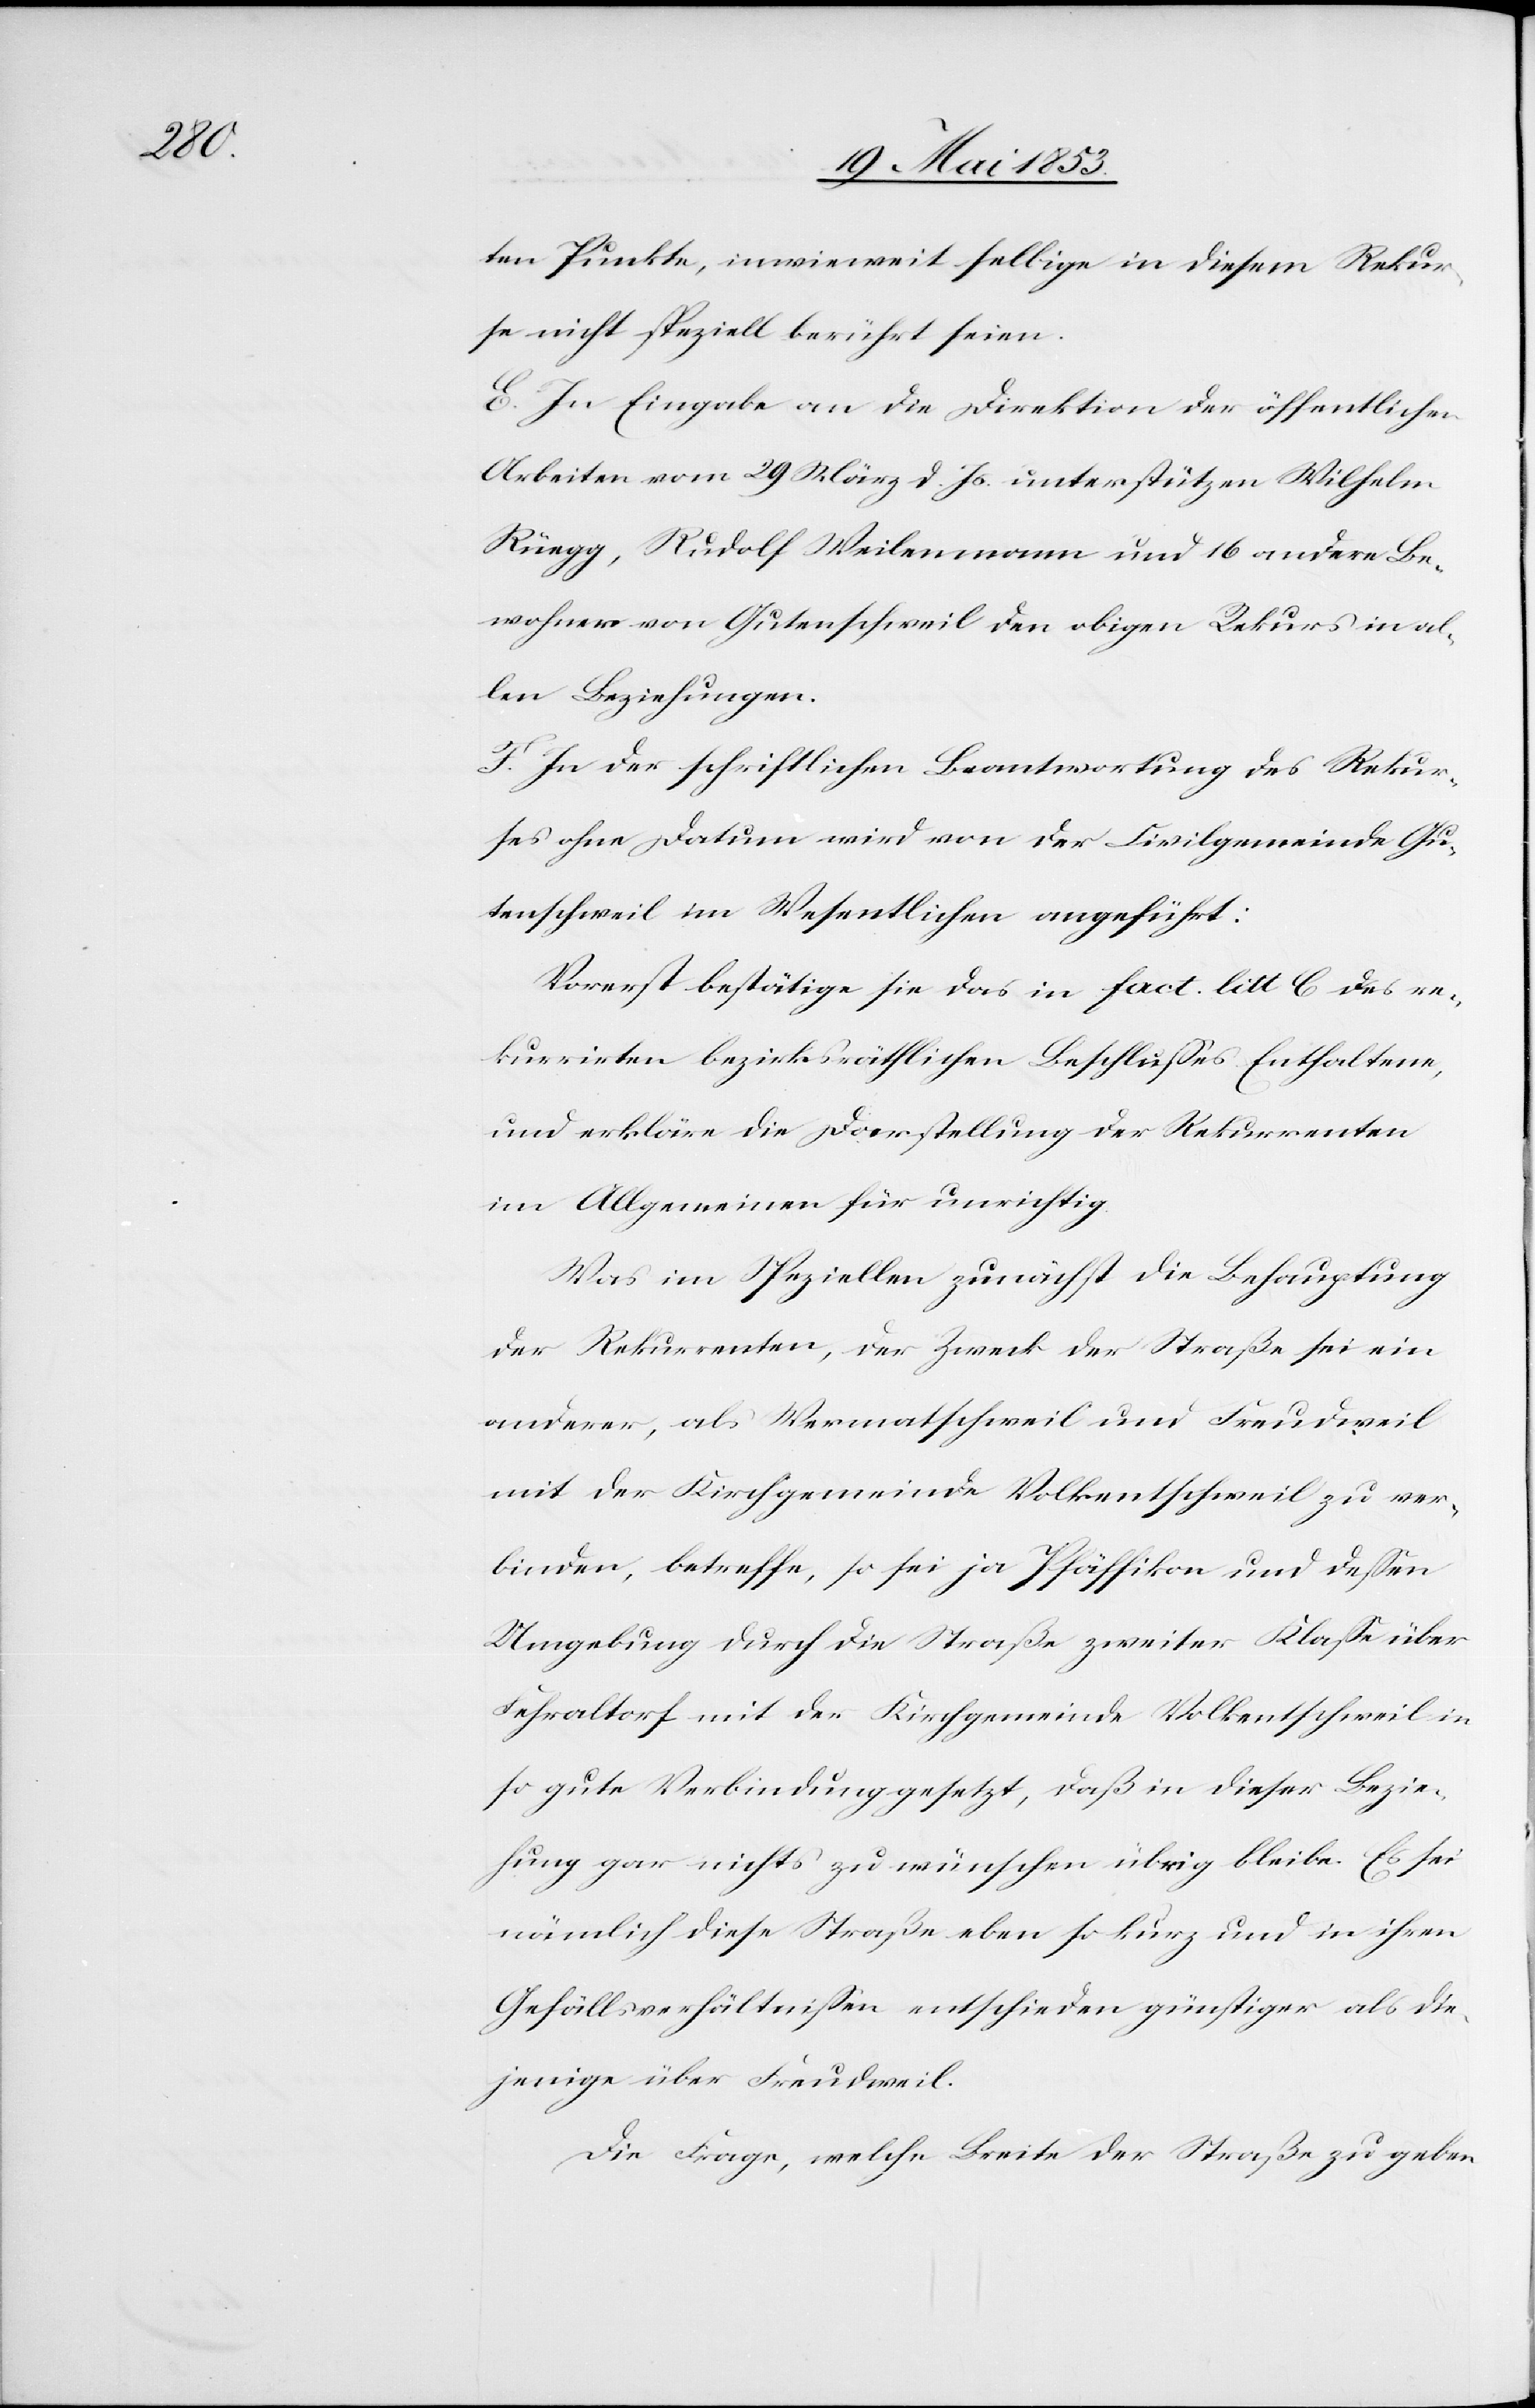
Punkte, inwieweit selbige in diesem Rekur¬
se nicht speziell berührt seien.
E. In Eingabe an die Direktion der öffentlichen
Arbeiten vom 29 März d. Js. unterstützen Wilhelm
Rüegg, Rudolf Weilenmann und 16 andere Be¬
wohner von Gutenschweil den obigen Rekurs in al¬
len Beziehungen.
F. In der schriftlichen Beantwortung des Rekur¬
ses ohne Datum wird von der Civilgemeinde Gu¬
tenschweil im Wesentlichen angeführt:
Vorerst bestätige sie das in fact. litt. C des re¬
kurrirten bezirksräthlichen Beschlußes Enthaltene,
und erkläre die Darstellung der Rekurrenten
im Allgemeinen für unrichtig.
Was im Speziellen zunächst die Behauptung
der Rekurrenten, der Zweck der Straße sei ein
anderer, als Wermatschweil und Freudweil
mit der Kirchgemeinde Volkentschweil zu ver¬
binden, betreffe, so sei ja Pfäffikon und deßen
Umgebung durch die Straße zweiter Klaße über
Fehraltorf mit der Kirchgemeinde Volkentschweil in
so gute Verbindung gesetzt, daß in dieser Bezie¬
hung gar nichts zu wünschen übrig bleibe. Es sei
nämlich diese Straße eben so kurz und in ihren
Gefällsverhältnißen entschieden günstiger als die¬
jenige über Freudweil.
Die Frage, welche Breite der Straße zu geben